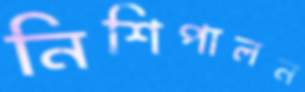
নিশিপালন